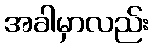
အခါမှာလည်း